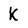
Character: K